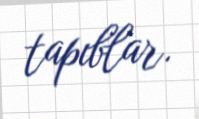
tapıblar.